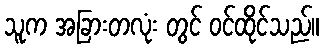
သူက အခြားတလုံး တွင် ဝင်ထိုင်သည်။